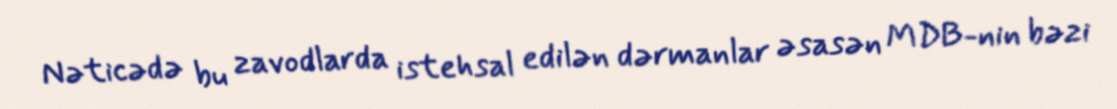
Nəticədə bu zavodlarda istehsal edilən dərmanlar əsasən MDB-nin bəzi